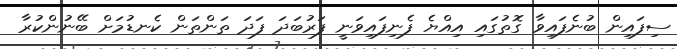
ސިފައިން ބުނެފައިވާ ގޮތުގައި އިއްޔެ ފެނިފައިވަނީ ފަރުބަދަ ފަދަ ތަންތަން ކެނޑުމަށް ބޭނުންކުރާ